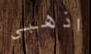
اذهبى